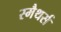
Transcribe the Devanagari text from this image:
स्मैथर्स